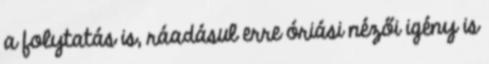
a folytatás is, ráadásul erre óriási nézői igény is